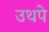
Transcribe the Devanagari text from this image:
उथपे